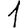
Digit: 1